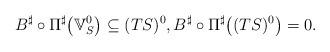
LaTeX: \begin{gather*}B^{\sharp}\circ\Pi^{\sharp}\big(\mathbb{V}_{S}^{0}\big)\subseteq(TS)^{0}, B^{\sharp}\circ\Pi^{\sharp}\big((TS)^{0}\big)=0.\end{gather*}